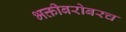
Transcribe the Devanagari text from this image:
भक्तीबरोबरच